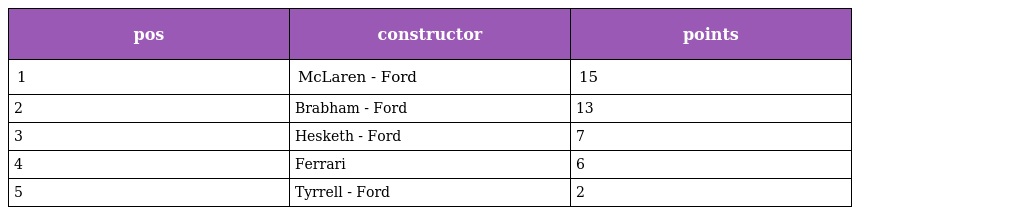
| pos | constructor | points |
 | --- | --- | --- |
 | 1 | McLaren - Ford | 15 |
 | 2 | Brabham - Ford | 13 |
 | 3 | Hesketh - Ford | 7 |
 | 4 | Ferrari | 6 |
 | 5 | Tyrrell - Ford | 2 |